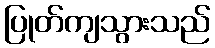
ပြုတ်ကျသွားသည်